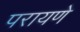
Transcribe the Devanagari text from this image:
परायणे